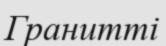
Гранитті